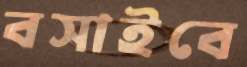
বসাইবে